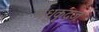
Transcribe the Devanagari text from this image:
मधुकृद्गजः